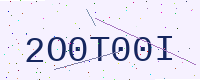
Text: 2O0T00I